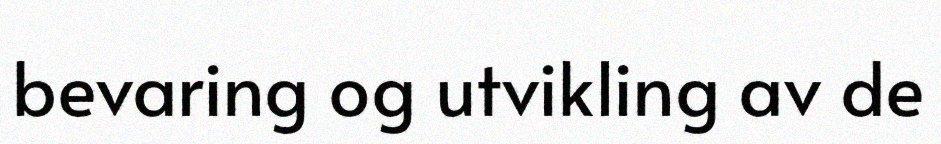
bevaring og utvikling av de